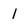
Character: 1